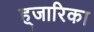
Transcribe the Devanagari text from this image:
ह्जारिका